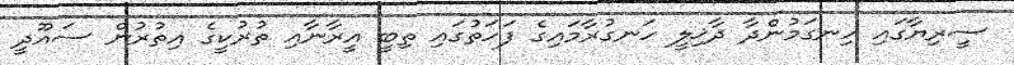
ސީރިޔާގައި ހިނގަމުންދާ ދާޚިލީ ހަނގުރާމައިގެ ފަހަތުގައި ތިބީ އީރާނާއި ތުރުކީގެ އިތުރުން ސައޫދީ